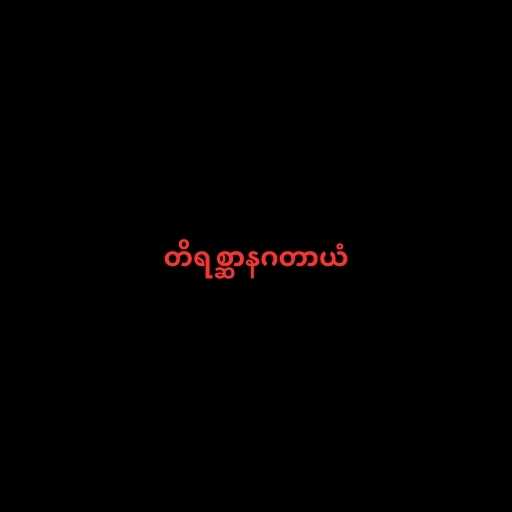
တိရစ္ဆာနဂတာယံ